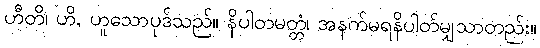
ဟီတိ၊ ဟိ, ဟူသောပုဒ်သည်။ နိပါတမတ္တံ၊ အနက်မရနိပါတ်မျှသာတည်း။